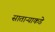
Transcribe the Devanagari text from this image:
साताऱ्याकडे